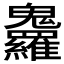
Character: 𩵇